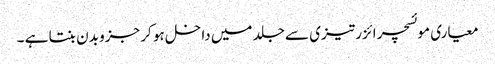
معیاری موئسچر ائزر تیزی سے جلد میں داخل ہو کر جزو بدن بنتا ہے ۔